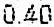
0.40